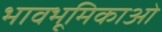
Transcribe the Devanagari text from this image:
भावभूमिकाओं